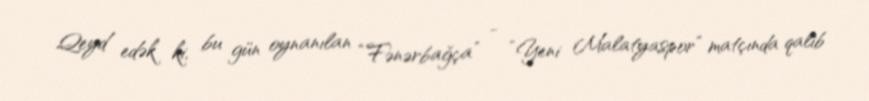
Qeyd edək ki, bu gün oynanılan “Fənərbağça” - “Yeni Malatyaspor” matçında qalib